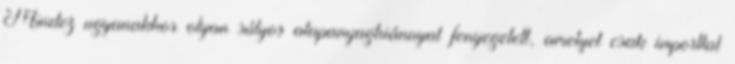
Mindez ugyanakkor olyan súlyos alapanyaghiánnyal fenyegetett, amelyet csak importtal